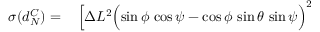
\begin{array} { r l } { \sigma ( d _ { N } ^ { C } ) = } & { { } \, \Bigl [ \Delta L ^ { 2 } \Bigl ( \sin \phi \, \cos \psi - \cos \phi \, \sin \theta \, \sin \psi \Bigr ) ^ { 2 } } \end{array}